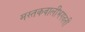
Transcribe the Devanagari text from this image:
मस्तकवालीभगवती